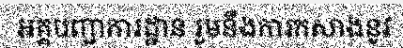
អគ្គបញ្ជាការដ្ឋាន រួមនឹងការកសាងនូវ